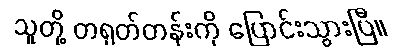
သူတို့ တရုတ်တန်းကို ပြောင်းသွားပြီ။